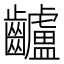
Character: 𪙾